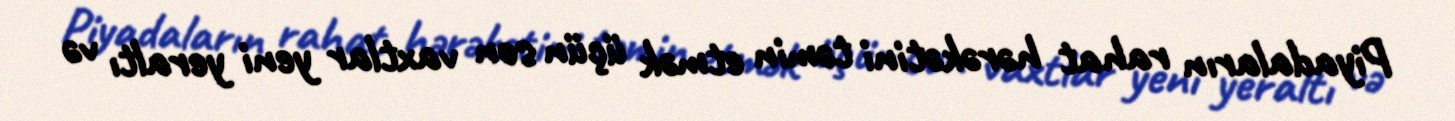
Piyadaların rahat hərəkətini təmin etmək üçün son vaxtlar yeni yeraltı və